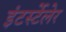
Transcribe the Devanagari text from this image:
इंटर्स्टेलेर